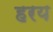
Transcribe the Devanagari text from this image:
हरय